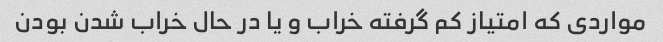
مواردی که امتیاز کم گرفته خراب و یا در حال خراب شدن بودن